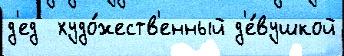
д'ед  худо́жеств'енный д'е́вушкой